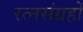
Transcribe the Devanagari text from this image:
रत्नसंग्रहों